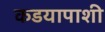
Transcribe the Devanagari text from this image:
कडयापाशी